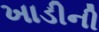
ખાડીની